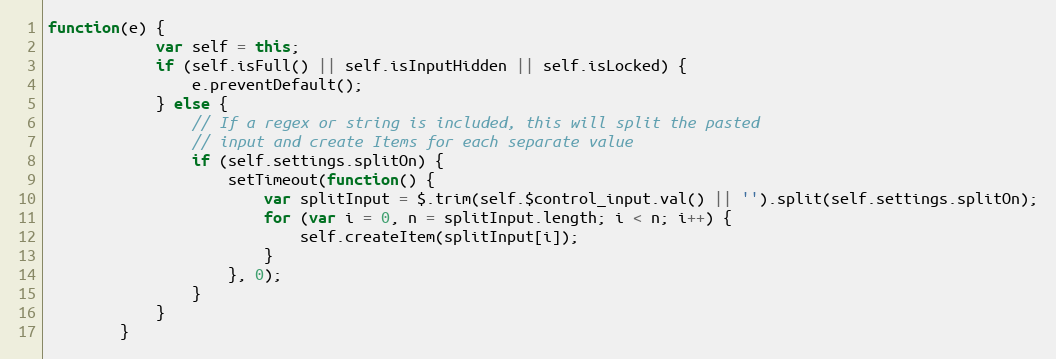
Language: JavaScript
function(e) {
			var self = this;
			if (self.isFull() || self.isInputHidden || self.isLocked) {
				e.preventDefault();
			} else {
				// If a regex or string is included, this will split the pasted
				// input and create Items for each separate value
				if (self.settings.splitOn) {
					setTimeout(function() {
						var splitInput = $.trim(self.$control_input.val() || '').split(self.settings.splitOn);
						for (var i = 0, n = splitInput.length; i < n; i++) {
							self.createItem(splitInput[i]);
						}
					}, 0);
				}
			}
		}